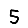
Digit: 5